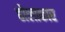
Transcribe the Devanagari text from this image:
ढोलाकार